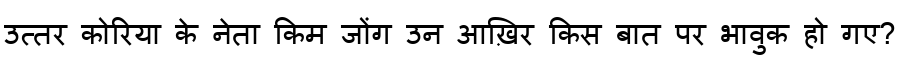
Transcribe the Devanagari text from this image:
उत्तर कोरिया के नेता किम जोंग उन आख़िर किस बात पर भावुक हो गए?